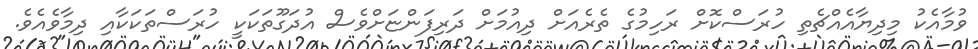
ވުމާއެކު މިދިޔާއެއްޗެތި ހުރަސްކޮށް ރަހިމުގެ ތެރެއަށް ދިއުމަށް ދަރިފަންޏަށްވެސް އުދަގޫތަކަކީ ހުރަސްތަކަކާއި ދިމާވެއެވެ.